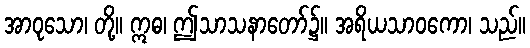
အာဝုသော၊ တို့။ ဣဓ၊ ဤသာသနာတော်၌။ အရိယသာဝကော၊ သည်။